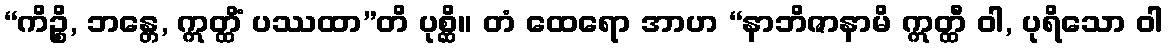
“ကိဉ္စိ, ဘန္တေ, ဣတ္ထိံ ပဿထာ”တိ ပုစ္ဆိ။ တံ ထေရော အာဟ “နာဘိဇာနာမိ ဣတ္ထီ ဝါ, ပုရိသော ဝါ